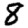
Digit: 8